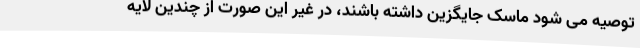
توصیه می شود ماسک جایگزین داشته باشند، در غیر این صورت از چندین لایه